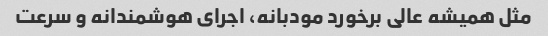
مثل همیشه عالی برخورد مودبانه، اجرای هوشمندانه و سرعت